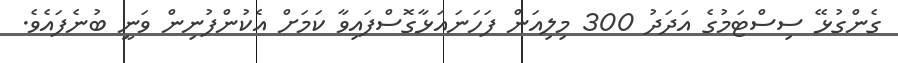
ގެންގުޅޭ ސިސްޓަމުގެ އަދަދު 300 މިލިއަން ފަހަނައަޅާގޮސްފައިވާ ކަމަށް އެކުންފުނިން ވަނީ ބުނެފައެވެ.